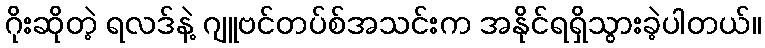
ဂိုးဆိုတဲ့ ရလဒ်နဲ့ ဂျူဗင်တပ်စ်အသင်းက အနိုင်ရရှိသွားခဲ့ပါတယ်။